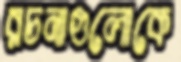
রচনাগুলোকে